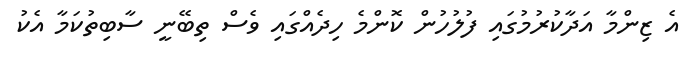
އެ ޒިންމާ އަދާކުރުމުގައި ފުލުހުން ކޮންމެ ހިދެއްގައި ވެސް ތިބޭނީ ސާބިތުކަމާ އެކު